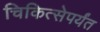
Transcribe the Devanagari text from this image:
चिकित्सेपर्यंत